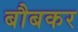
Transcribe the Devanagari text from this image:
बौबकर